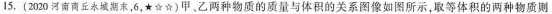
15.(2020河南商丘永城期末，6，★☆☆)甲、乙两种物质的质量与体积的关系图像如图所示，取等体积的两种物质则